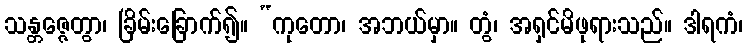
သန္တဇ္ဇေတွာ၊ ခြိမ်းခြောက်၍။ “ကုတော၊ အဘယ်မှာ။ တွံ၊ အရှင်မိဖုရားသည်။ ဒါရကံ၊